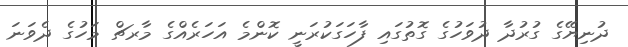
ދުނިޔޭގެ ގުރުދާ ދުވަހުގެ ގޮތުގައި ފާހަގަކުރަނީ ކޮންމެ އަހަރެއްގެ މާރޗް މަހުގެ ދެވަނަ